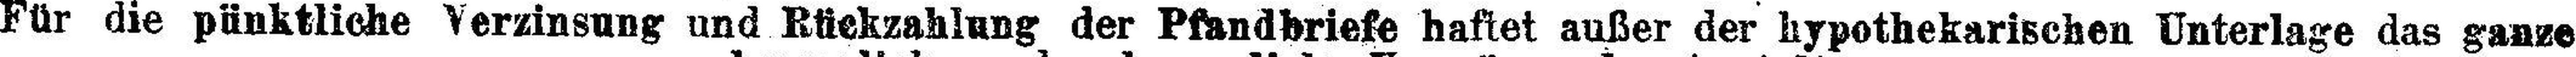
Für die pünktliche Verzinsung und Rückzahlung der Pfandbriefe haftet außer der hypothekarischen Unterlage das ganze